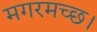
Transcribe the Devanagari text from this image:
मगरमच्छ।